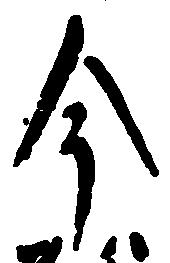
今